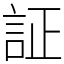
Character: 証